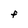
Character: F